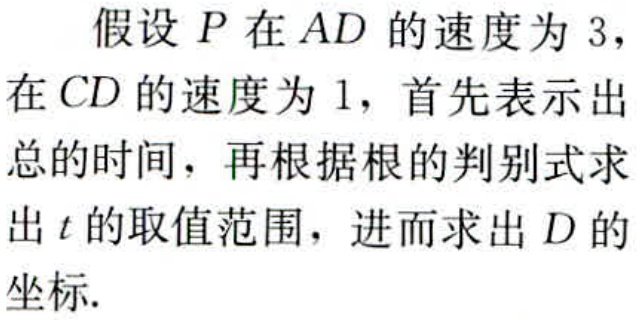
假设 \(P\) 在 \(AD\) 的速度为 \(3\)，在 \(CD\) 的速度为 \(1\)，首先表示出总的时间，再根据根的判别式求出 \(t\) 的取值范围，进而求出 \(D\) 的坐标.